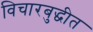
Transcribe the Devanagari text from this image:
विचारबुद्धीत